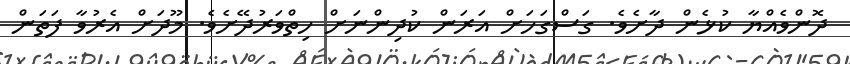
ދޮންވެއްޔާ ކުޅެން ދާށެވެ. ގަސްގަހަށް އަރަން ކުދިންނަށް ހިތްވަރުދޭށެވެ. މޫދަށް އެރުވާ ފަތަން